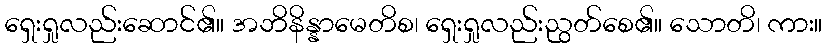
ရှေးရှုလည်းဆောင်၏။ အဘိနိန္နာမေတိစ၊ ရှေးရှုလည်းညွတ်စေ၏။ သောတိ၊ ကား။